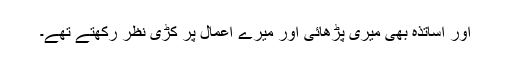
اور اساتذہ بھی میری پڑھائی اور میرے اعمال پر کڑی نظر رکھتے تھے۔